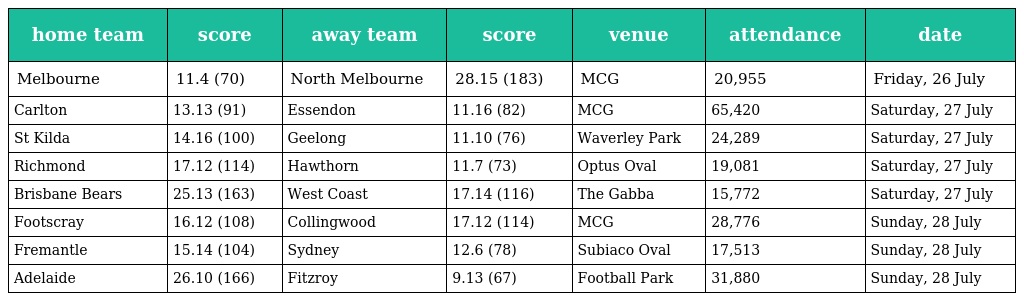
| home team | score | away team | score | venue | attendance | date |
 | --- | --- | --- | --- | --- | --- | --- |
 | Melbourne | 11.4 (70) | North Melbourne | 28.15 (183) | MCG | 20,955 | Friday, 26 July |
 | Carlton | 13.13 (91) | Essendon | 11.16 (82) | MCG | 65,420 | Saturday, 27 July |
 | St Kilda | 14.16 (100) | Geelong | 11.10 (76) | Waverley Park | 24,289 | Saturday, 27 July |
 | Richmond | 17.12 (114) | Hawthorn | 11.7 (73) | Optus Oval | 19,081 | Saturday, 27 July |
 | Brisbane Bears | 25.13 (163) | West Coast | 17.14 (116) | The Gabba | 15,772 | Saturday, 27 July |
 | Footscray | 16.12 (108) | Collingwood | 17.12 (114) | MCG | 28,776 | Sunday, 28 July |
 | Fremantle | 15.14 (104) | Sydney | 12.6 (78) | Subiaco Oval | 17,513 | Sunday, 28 July |
 | Adelaide | 26.10 (166) | Fitzroy | 9.13 (67) | Football Park | 31,880 | Sunday, 28 July |